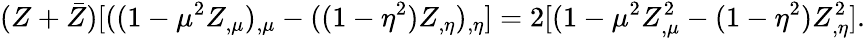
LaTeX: (Z+\bar{Z})[((1-\mu^{2}Z_{,\mu})_{,\mu}-((1-\eta^{2})Z_{,\eta})_{,\eta}]=2[(1-\mu^{2}Z_{,\mu}^{2}-(1-\eta^{2})Z_{,\eta}^{2}].